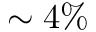
\sim 4 \%